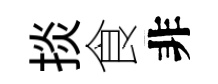
掞食非